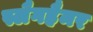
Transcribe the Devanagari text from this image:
स्लैगहैमर